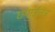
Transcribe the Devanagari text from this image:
छपाईतंत्र